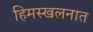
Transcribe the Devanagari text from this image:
हिमस्खलनात